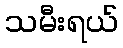
သမီးရယ်